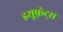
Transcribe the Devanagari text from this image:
इयुफ़्रेट्स